255_413270_UFO's_and_Defense_What_Should_we_Prepare_For
Agency: NASA
Page 80
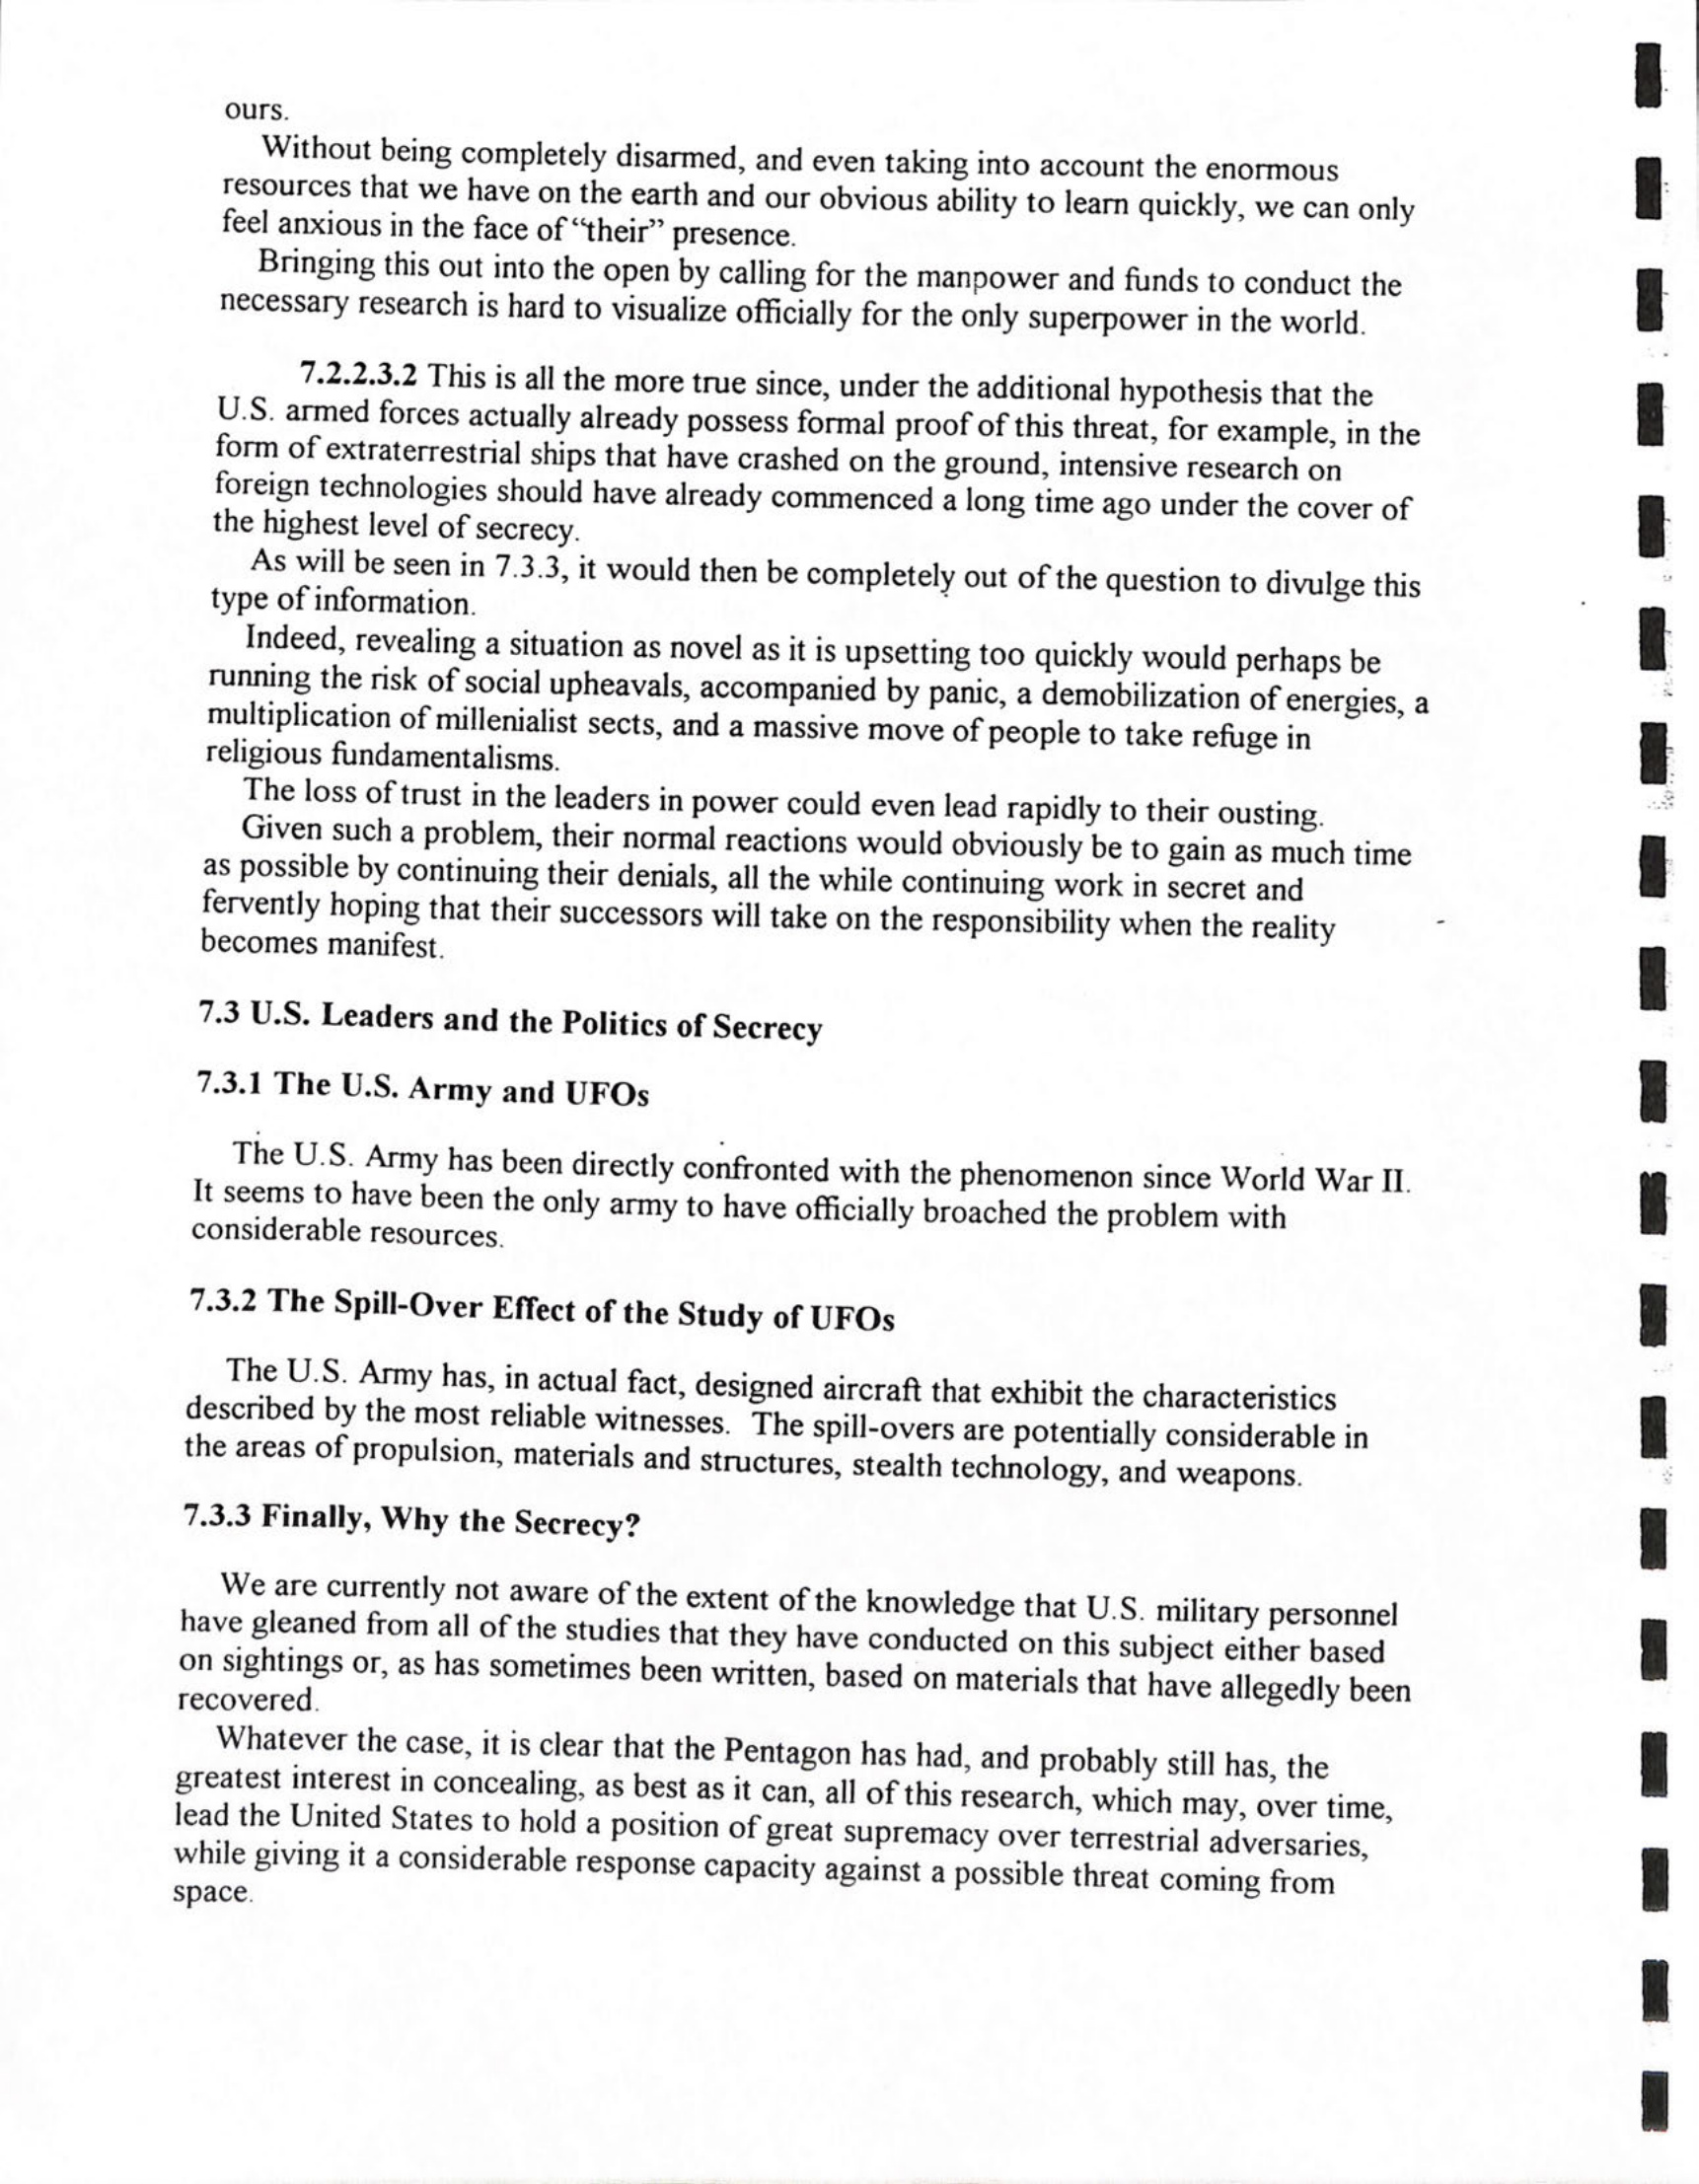